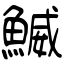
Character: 鰄